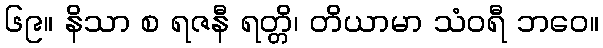
၆၉။ နိသာ စ ရဇနီ ရတ္တိ၊ တိယာမာ သံဝရီ ဘဝေ။